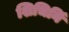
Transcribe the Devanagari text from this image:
शिचिनिं